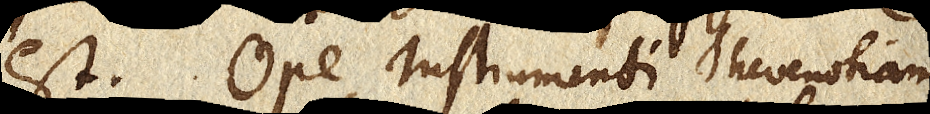
est. Ope Instrumenti Thevenotiani